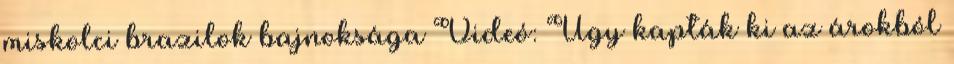
miskolci brazilok bajnoksága Videó: Úgy kapták ki az árokból